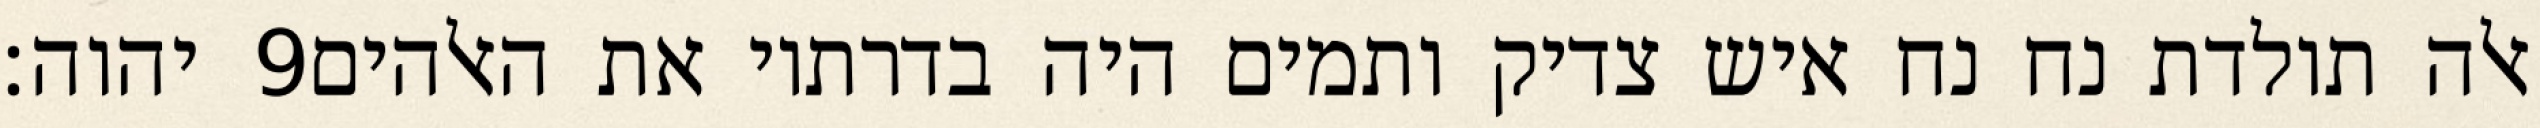
יהוה׃ ‎9‏ אלה תולדת נח נח איש צדיק ותמים היה בדרתיו את האלהים